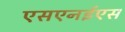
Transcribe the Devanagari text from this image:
एसएनईएस